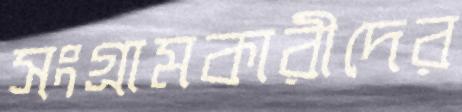
সংগ্রামকারীদের